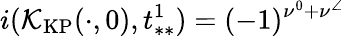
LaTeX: i(\mathcal{K}_{\mathrm{KP}}(\cdot,0),t_{**}^{1})=(-1)^{\nu^{0}+\nu^{\angle}}